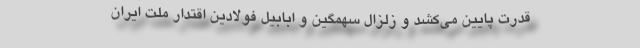
قدرت پایین می‌کشد و زلزال سهمگین و ابابیل فولادین اقتدار ملت ایران